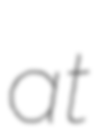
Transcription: at